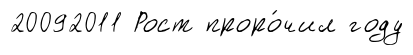
20092011 Рост проро́чил году